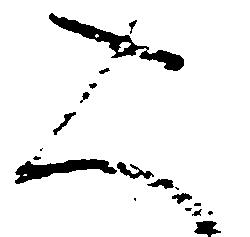
大